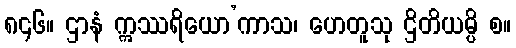
၈၄၆။ ဌာနံ ဣဿရိယော’ကာသ၊ ဟေတူသု ဌိတိယမ္ပိ စ။